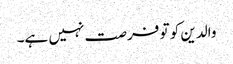
والدین کو تو فرصت نہیں ہے۔